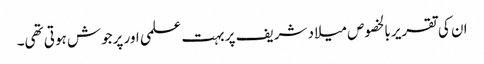
ان کی تقریر بالخصوص میلاد شریف پر بہت علمی اور پرجوش ہوتی تھی۔